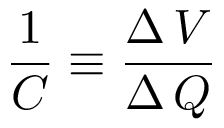
{ \frac { 1 } { C } } \equiv { \frac { \Delta \, V } { \Delta \, Q } }